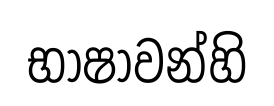
භාෂාවන්හි